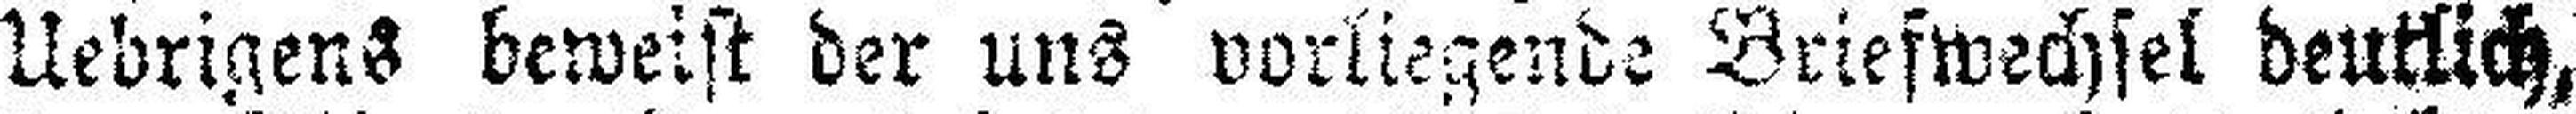
Uebrigens beweist der uns vorliegende Briefwechsel deutlich,